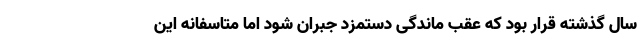
سال گذشته قرار بود که عقب ماندگی دستمزد جبران شود اما متاسفانه این